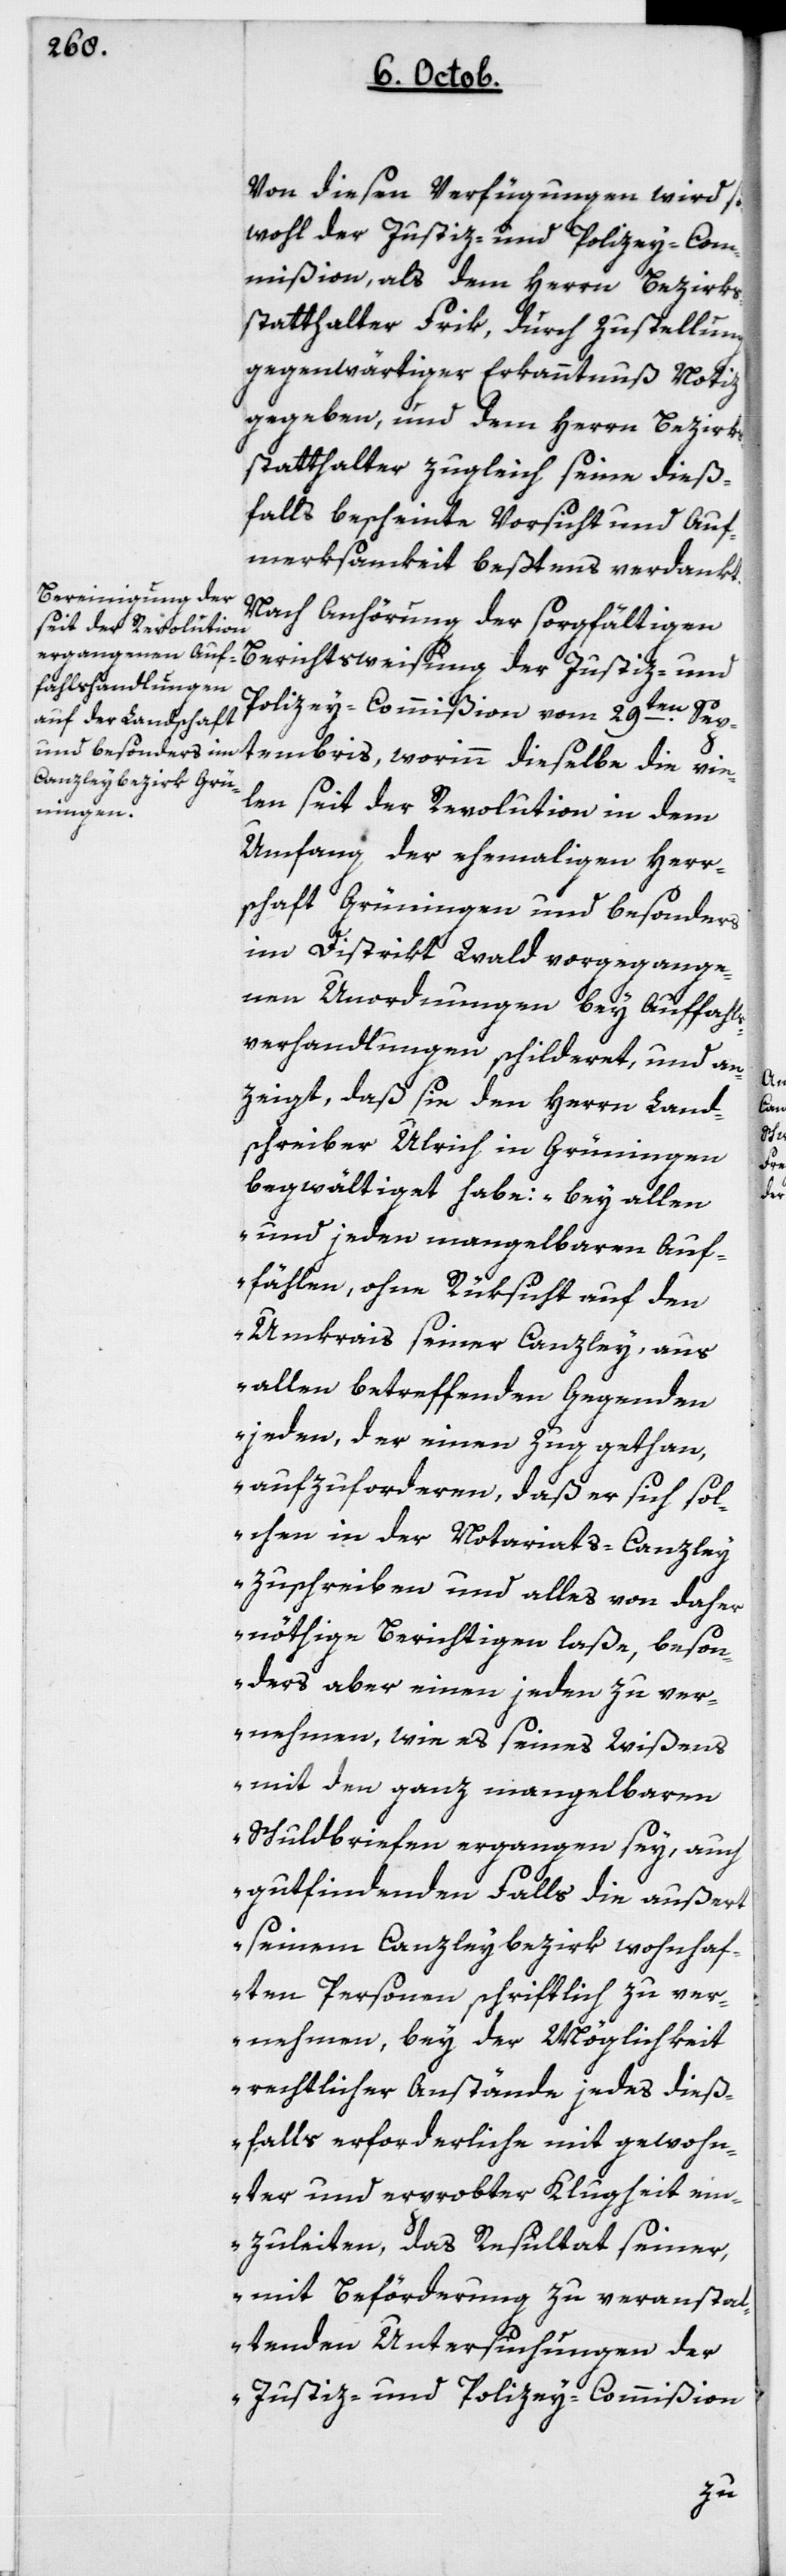
Von diesen Verfügungen wird so¬
wohl der Justiz- und Policey-Com¬
mißion als dem Herrn Bezirks¬
statthalter Frik, durch Zustellung
gegenwärtiger Erkanntnuß Notiz
gegeben, und dem Herrn Bezirks¬
statthalter zugleich seine dieß¬
falls bescheinte Vorsicht und Auf¬
merksamkeit bestens verdankt.
Nach Anhörung der sorgfältigen
Berichtsweisung der Justiz- und
Policey-Commißion vom 29ten Sep¬
tembris, worinn dieselbe die vie¬
len seit der Revolution in dem
Umfang der ehemaligen Herr¬
schaft Grüningen und besonders
im District Wald vorgegange¬
nen Unordnungen bey Auffahls¬
verhandlungen schilderet, und an¬
zeigt, daß sie den Herrn Land¬
schreiber Ulrich in Grüningen
begwältiget habe: „Bey allen
und jeden mangelbaren Auf¬
fählen, ohne Rüksicht auf den
Umkreis seiner Canzley, aus
allen betreffenden Gegenden
jeden, der einen Zug gethan,
aufzuforderen, daß er sich sol¬
chen in der Notariats-Canzley
zuschreiben und alles von daher
Nöthige berichtigen laße, beson¬
ders aber einen jeden zu ver¬
nehmen, wie es seines Wißens
mit dem ganz mangelbaren
Schuldbriefen ergangen sey, auch
gutfindenden Falls die außert
seinem Canzleybezirk wohnhaf¬
ten Personen schriftlich zu ver¬
nehmen, bey der Möglichkeit
rechtlicher Anstände jedes dieß¬
falls erforderliche mit gewohn¬
ter und erprobter Klugheit ein¬
zuleiten, das Resultat seiner,
mit Beförderung zu veranstal¬
tenden Untersuchungen der
Justiz- und Policey-Commißion